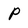
Character: p